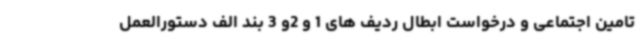
تامین اجتماعی و درخواست ابطال ردیف های 1 و 2و 3 بند الف دستورالعمل